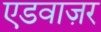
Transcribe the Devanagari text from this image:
एडवाज़र